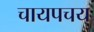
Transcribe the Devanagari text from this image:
चायपचय